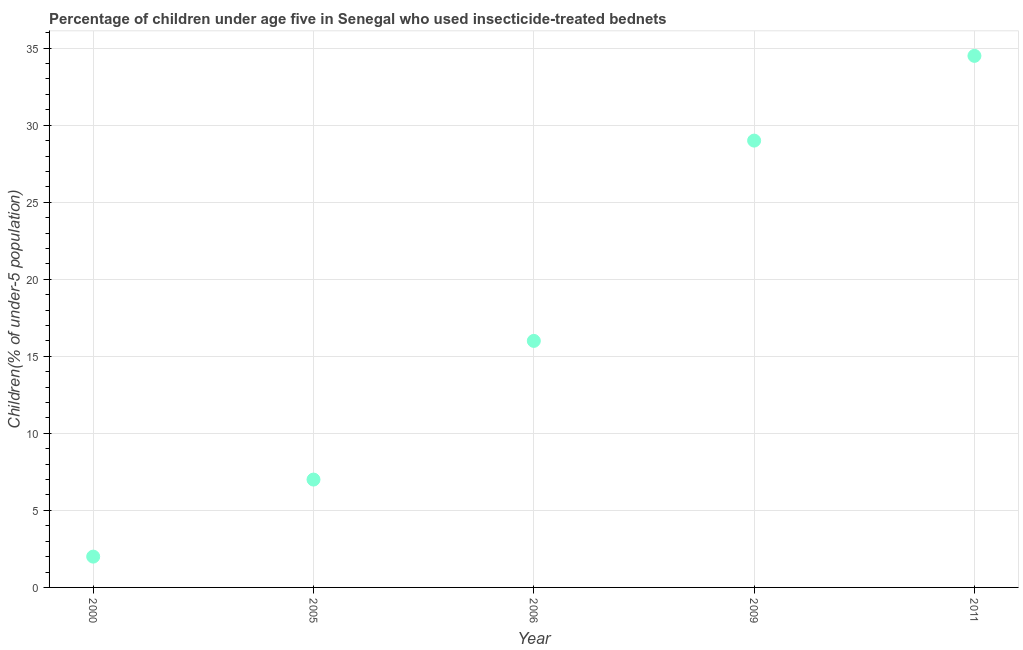
| Year | Use of insecticide-treated bed nets (% of under-5 population) |
 | --- | --- |
 | 2000 | 2 |
 | 2005 | 7 |
 | 2006 | 16 |
 | 2009 | 29 |
 | 2011 | 34.5 |